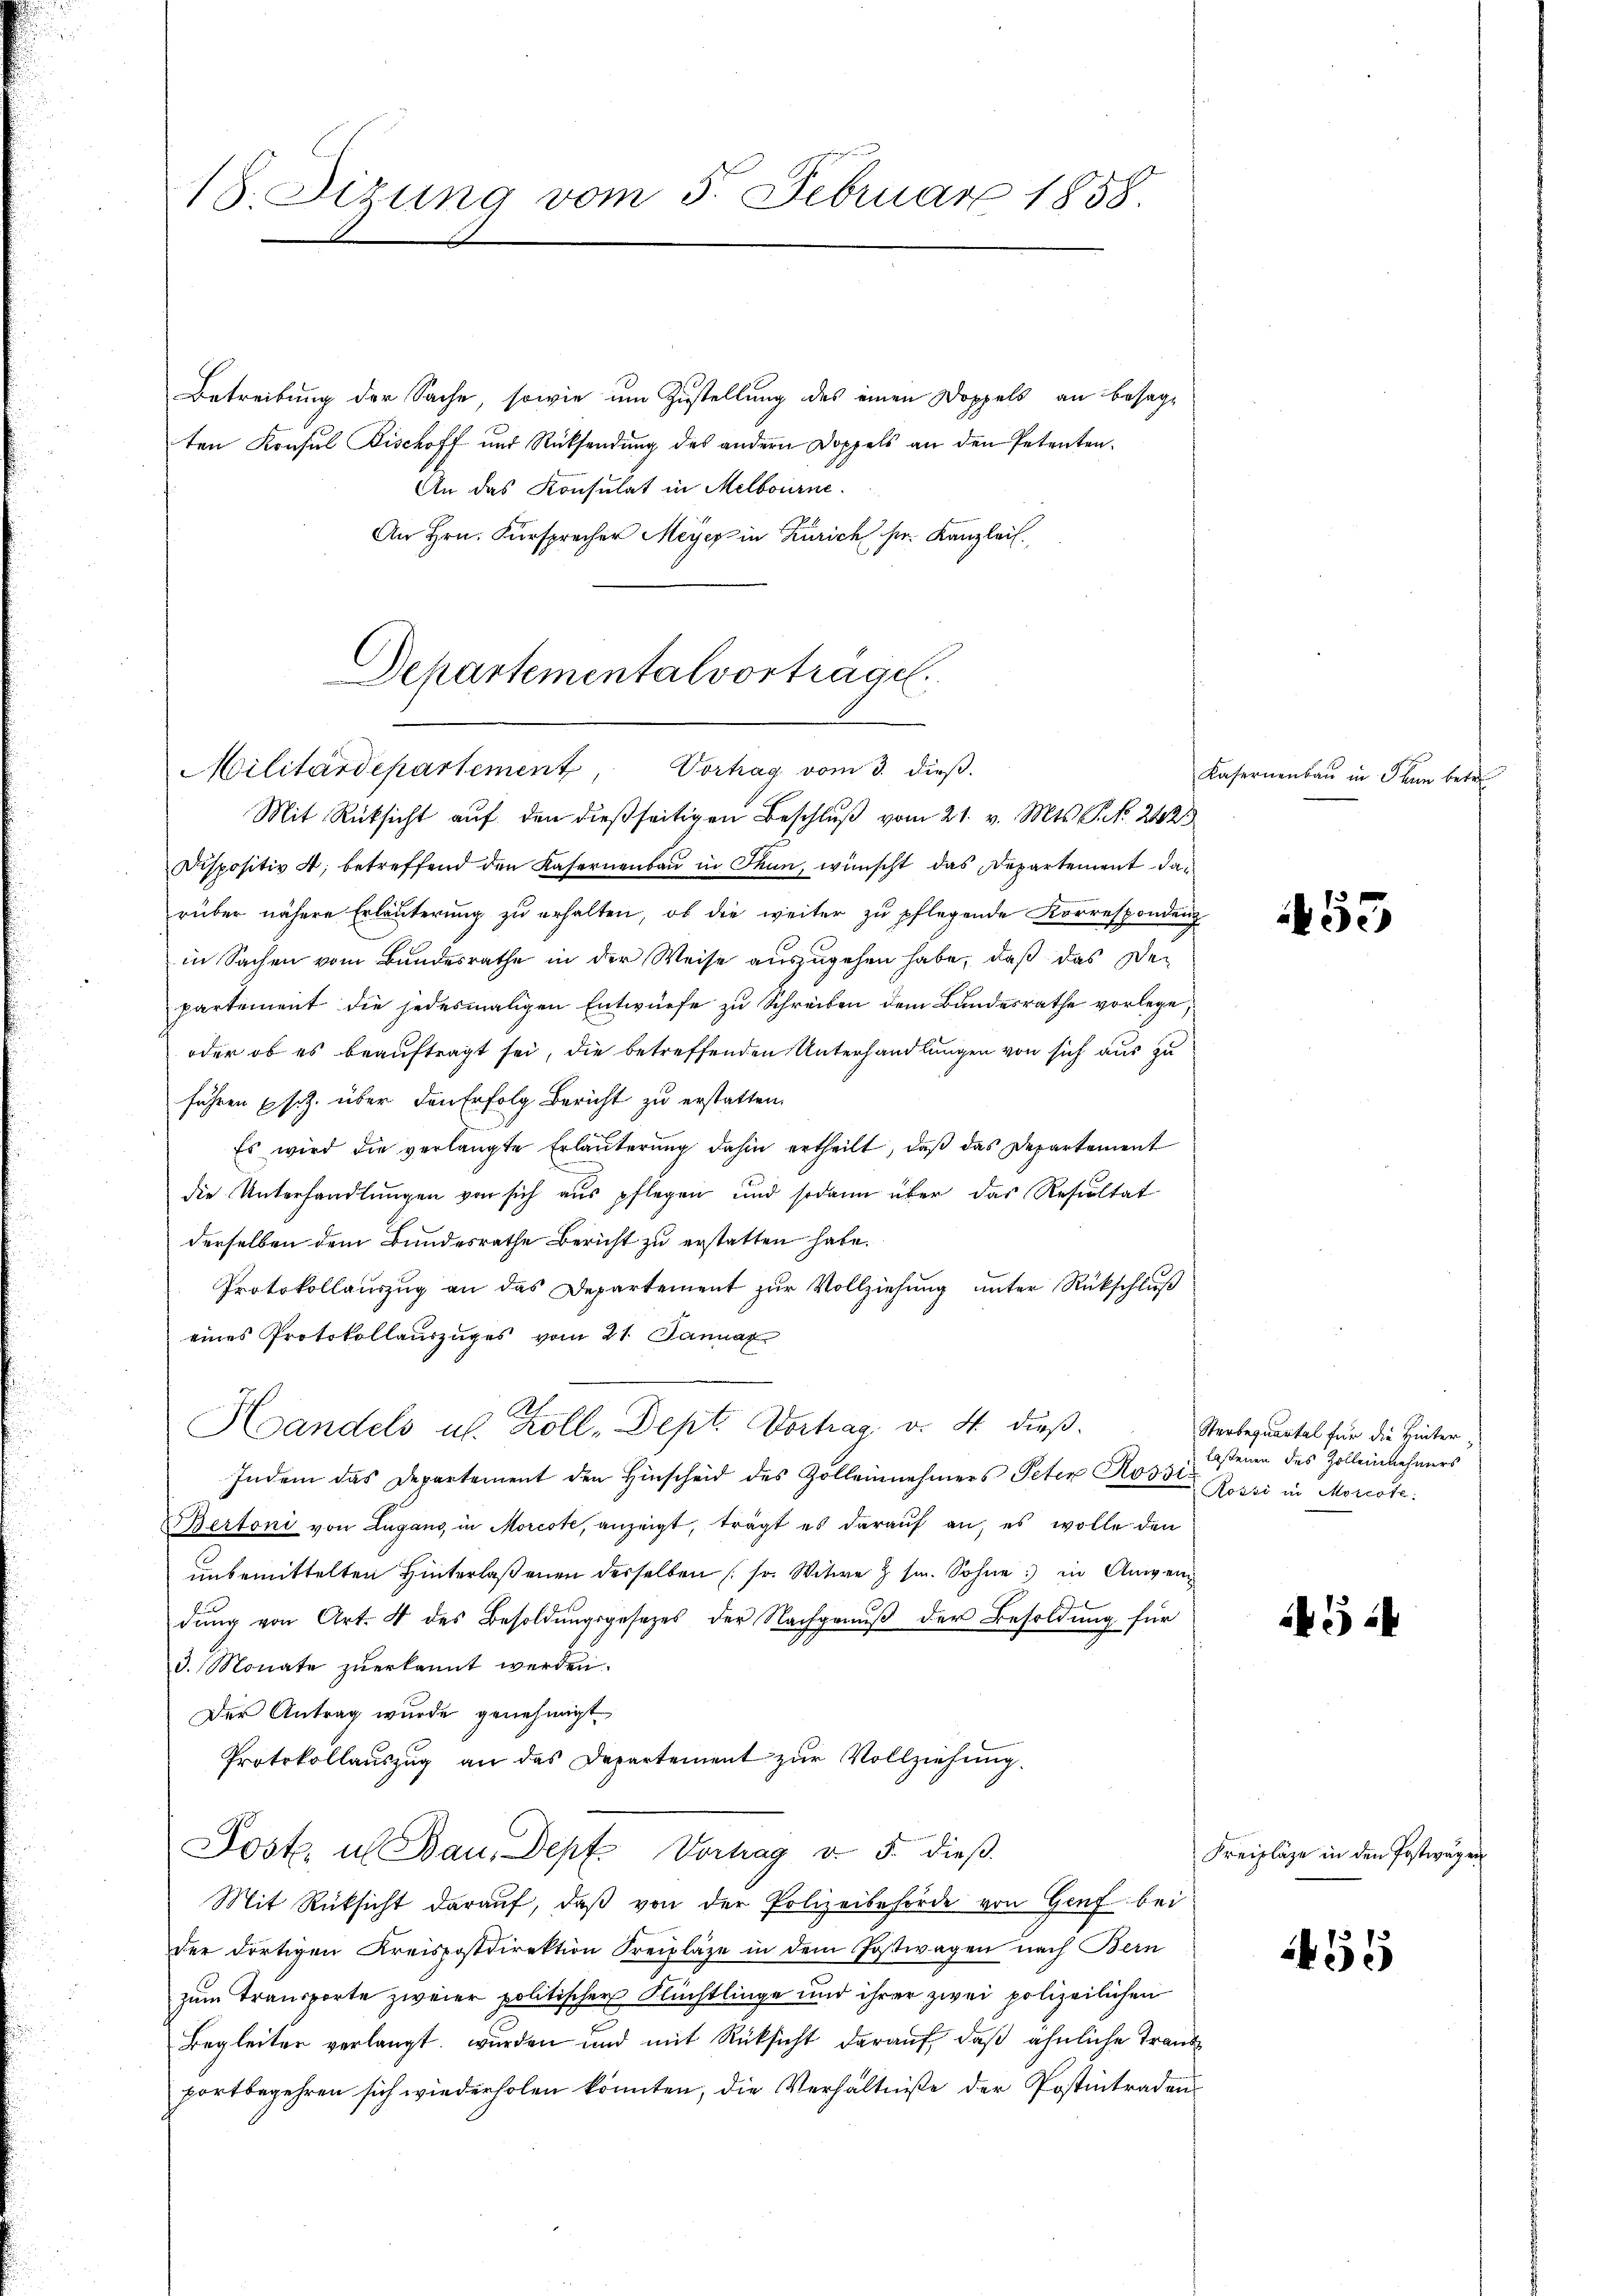
18. Sizung vom 5. Februar 1858.

Betreibung der Sache, sowie um Zustellung des einen Doppels an besagten Konsul Bischoff und Rücksendung des andern Doppels an den Petenten.
An das Konsulat in Melbourne.
An Hrn. Fürsprecher Meyer in Zürich her Kanzlei.

Departementalvortrage.
Militärdepartement, Vortrag vom 3. dieß.

Mit Rücksicht aŭf den dießseitigen Beschlŭβ vom 21. v. Mts. S. Nr. 242.
Dispositiv 4. betreffend den Kasernenbau in Thun, wünscht das Departement darüber nähere Erläuterung zu erhalten, ob die weiter zu pflegende Korrespondenz
in Sachen vom Bundesrathe in der Weise auszugehen habe, daß das Departement die jedesmaligen Entwürfe zu Schreiben dem Bundesrathe vorlege,
oder ob es beauftragt sei, die betreffenden Unterhandlungen von sich aus zu
führen u s. Z. über den Erfolg Bericht zu erstatten.
Es wird die verlangte Erläuterung dahin ertheilt, daß das Departement
die Unterhandlungen von sich aus pflegen und sodann über das Resultat
derselben dem Bundesrathe Bericht zu erstatten habe.
Protokollauszug an das Departement zur Vollziehung unter Rückschluß
eines Protokollauszuges vom 21. Januar
Indem das Departement den Hinscheid des Zolleinnehmers Peter Rossi¬
Bertoni von Lugano in Morcote, anzeigt, trägt es darauf an, es wolle den
unbemittelten Hinterlaßenen derselben (so. Witwe z s. Sohne in Anwen
dŭng von Art. 4 des Besoldŭngsgesetzes der Nachgenŭβ der Besoldung für
d. Monate zuerkannt werden.
Der Antrag wurde genehmigt.
Protokollauszug an das Departement zur Vollziehung.
Post u Bau. Depf. Vortrag v. 5. dieß
Mit Rüksicht darauf, daβ von der Polizeibehörde von Genf bei
der dortigen Kreispostdirektion Freilage in dem Postwagen nach Bern
zum Transporte zweier politischer Flüchtlinge und ihrer zwei polizeilichen
Begleiter verlangt wurden und mit Rücksicht daraŭf, daβ ähnliche Trank
portbegehren sich wiederholen könnten, die Verhältniße der Postintradau¬

As
Handels u. Zoll-Dept. Vortrag v. 4. dieß¬

Kasernenbau in Plan betre

53

Sterbequartal für die Hinter
laßenen des Zollennehmers
Rossi in Morcote:

1524

Kreizläge in den Postwagen

1455